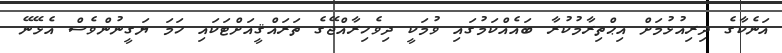
އަނެކާގެ ދިރިއުޅުމަށް އިޙްތިރާމުކުރާ ބައެއްކަމުގައި ވުމަކީ ދިވެހިރާއްޖޭގެ ތަރައްޤީއަށްޓަކައި ހަމަ ޔަގީނުންވެސް އެޅޭނޭ